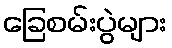
ခြေစမ်းပွဲများ